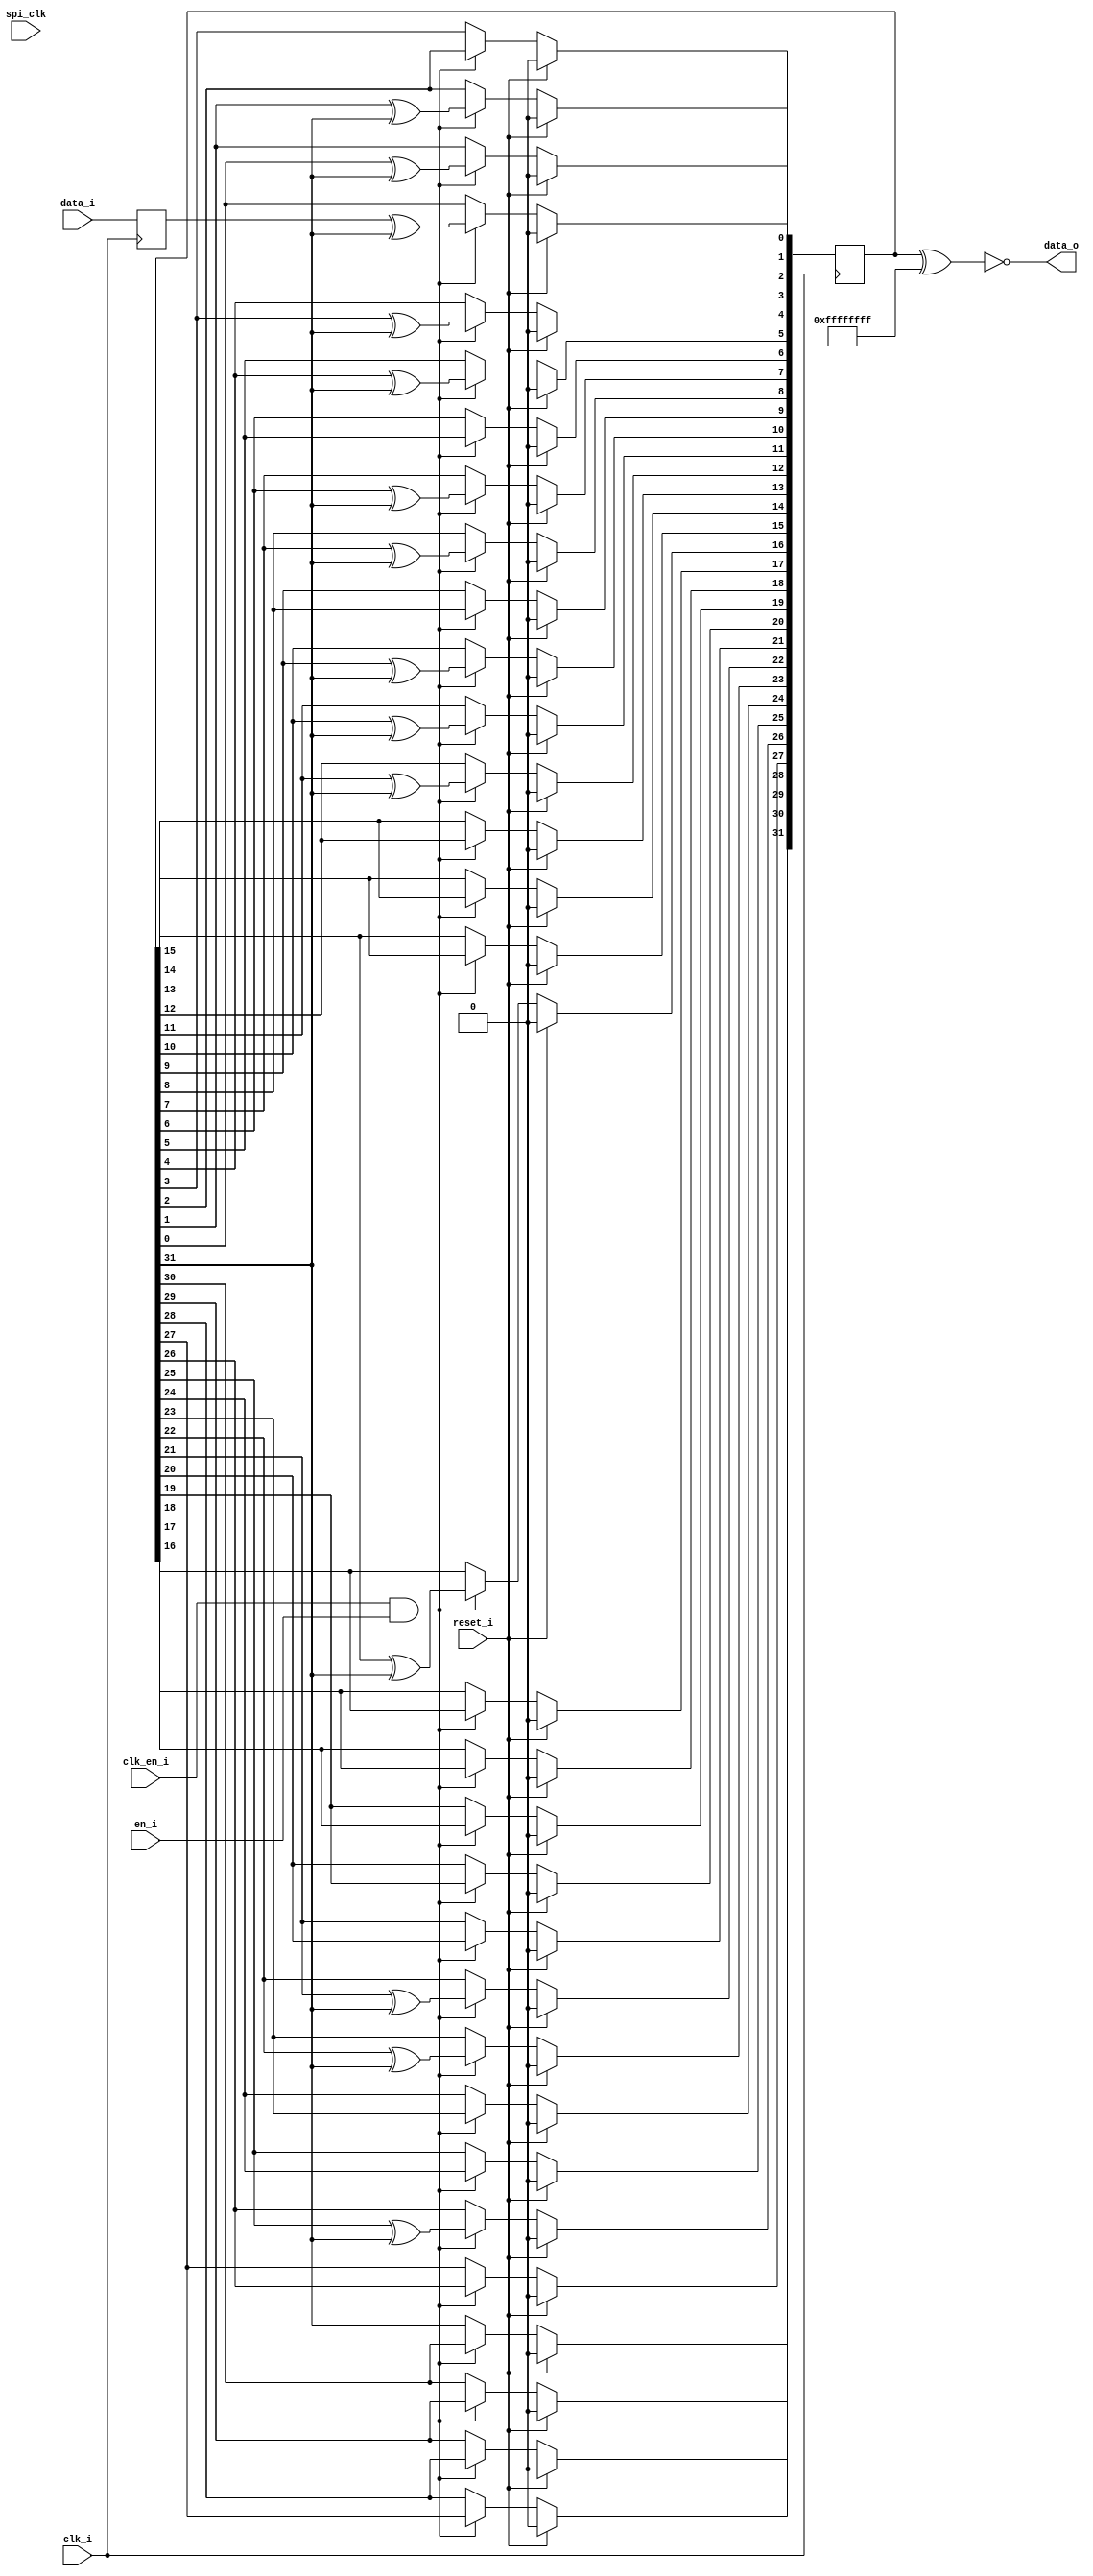
`ifndef CRC_M
`define CRC_M

// crc-32 / posix
// polynomial: 0x04C11DB7
// output xor: 0xFFFFFFFF

module crc(
    input wire clk_i,
    input wire spi_clk,
    input wire clk_en_i,
    input wire en_i,
    input wire data_i,
    input wire reset_i,
    output wire data_o
);

    reg [31:0] shift = 32'b0;
    assign data_o = (shift ^ 32'hFFFFFFFF) == 32'b0;
    wire xorbit = shift[31];

    reg input_reg = 0;
    always @(posedge clk_i) begin
        input_reg <= data_i;
    end

    always @(posedge clk_i) begin

        if (reset_i) begin
            shift <= 32'b0;
        end else if (clk_en_i & en_i) begin

            // NOTE -- this could almost certainly be generated, but
            // I don't really know how to do that with verilog
            shift[0] <= input_reg ^ xorbit;
            shift[1] <= shift[0] ^ xorbit;
            shift[2] <= shift[1] ^ xorbit;
            shift[3] <= shift[2];
            shift[4] <= shift[3] ^ xorbit;
            shift[5] <= shift[4] ^ xorbit;
            shift[6] <= shift[5];
            shift[7] <= shift[6] ^ xorbit;

            shift[8] <= shift[7] ^ xorbit;
            shift[9] <= shift[8];
            shift[10] <= shift[9] ^ xorbit;
            shift[11] <= shift[10] ^ xorbit;
            shift[12] <= shift[11] ^ xorbit;
            shift[13] <= shift[12];
            shift[14] <= shift[13];
            shift[15] <= shift[14];

            shift[16] <= shift[15] ^ xorbit;
            shift[17] <= shift[16];
            shift[18] <= shift[17];
            shift[19] <= shift[18];
            shift[20] <= shift[19];
            shift[21] <= shift[20];
            shift[22] <= shift[21] ^ xorbit;
            shift[23] <= shift[22] ^ xorbit;

            shift[24] <= shift[23];
            shift[25] <= shift[24];
            shift[26] <= shift[25] ^ xorbit;
            shift[27] <= shift[26];
            shift[28] <= shift[27];
            shift[29] <= shift[28];
            shift[30] <= shift[29];
            shift[31] <= shift[30];

        end
    end

endmodule

`endif